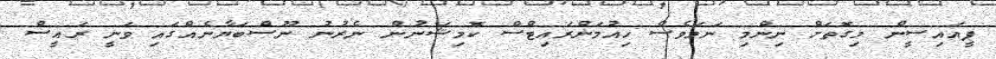
ޕީއައިސީން މިގޮތަށް ނިންމި ނަމަވެސް ހިއުމަންރައިޓްސް ކޮމިޝަނުން ނެރުނު ނޫސްބަޔާނެއްގައި ވަނީ ރައީސް